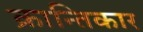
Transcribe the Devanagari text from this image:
क्रान्तिकार